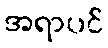
အရာပင်